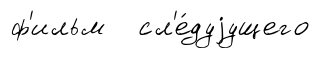
ф'ильм сл'е́дуjущего